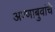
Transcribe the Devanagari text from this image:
अण्णाबुवांचे